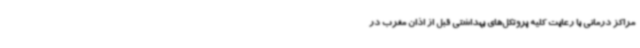
مراکز درمانی با رعایت کلیه پروتکل‌های بهداشتی قبل از اذان مغرب در